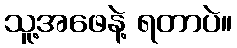
သူ့အဖေနဲ့ ရတာပဲ။